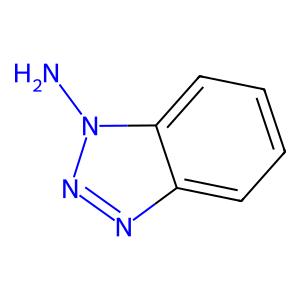
SMILES: Nn1nnc2ccccc21
Inhibits HIV replication: No